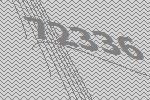
72336